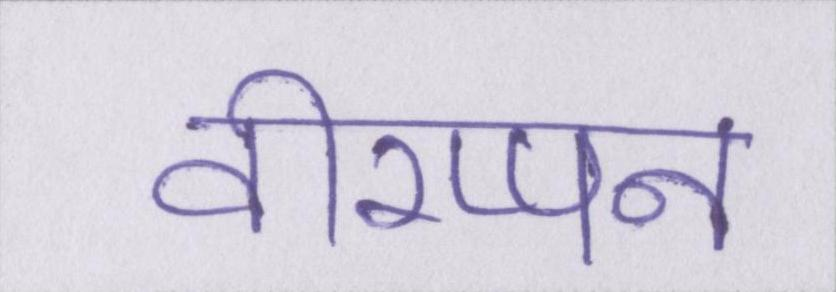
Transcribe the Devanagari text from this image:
वीरप्पन